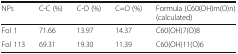
<table><thead><tr><td><b>NPs</b></td><td><b>C-C (%)</b></td><td><b>C-O (%)</b></td><td><b>C=O (%)</b></td><td><b>Formula (C60(OH)m(O)n) (calculated)</b></td></tr></thead><tbody><tr><td>Fol 1</td><td>71.66</td><td>13.97</td><td>14.37</td><td>C60(OH)7(O)8</td></tr><tr><td>Fol 113</td><td>69.31</td><td>19.30</td><td>11.39</td><td>C60(OH)11(O)6</td></tr></tbody></table>